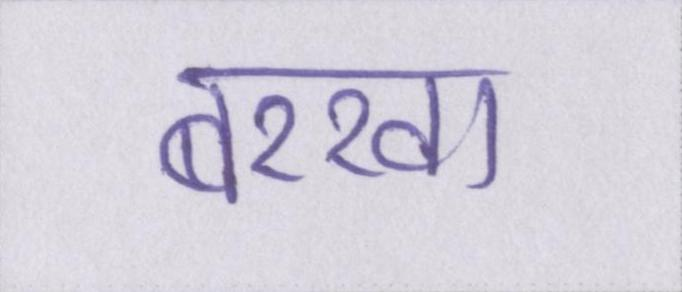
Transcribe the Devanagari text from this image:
बरखा